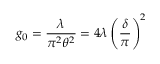
g _ { 0 } = { \frac { \lambda } { \pi ^ { 2 } \theta ^ { 2 } } } = 4 \lambda \left( \frac { \delta } { \pi } \right) ^ { 2 }